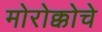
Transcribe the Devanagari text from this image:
मोरोक्कोचे